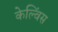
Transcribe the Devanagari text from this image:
केल्विंस